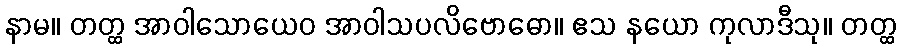
နာမ။ တတ္ထ အာဝါသောယေဝ အာဝါသပလိဗောဓော။ ဧသ နယော ကုလာဒီသု။ တတ္ထ